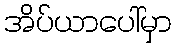
အိပ်ယာပေါ်မှာ